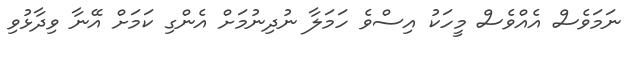
ނަމަވެސް އެއްވެސް މީހަކު އިސްވެ ހަމަލާ ނުދިނުމަށް އެންގި ކަމަށް އޭނާ ވިދާޅުވި